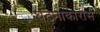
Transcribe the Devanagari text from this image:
घटनाकारांस